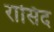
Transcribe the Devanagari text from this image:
रासिद